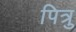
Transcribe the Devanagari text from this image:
पित्रु